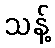
သန့်